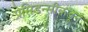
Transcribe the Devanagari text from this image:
प्रेसिडन्सीकडून